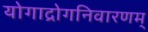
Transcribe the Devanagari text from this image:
योगाद्रोगनिवारणम्